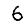
Digit: 6